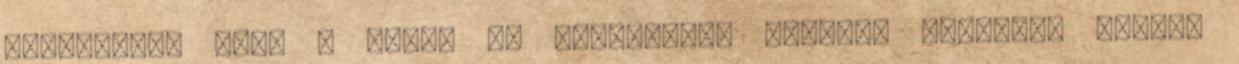
elismerik, hogy a piaci és fejlesztői igények ismerete nélkül